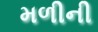
મળીની